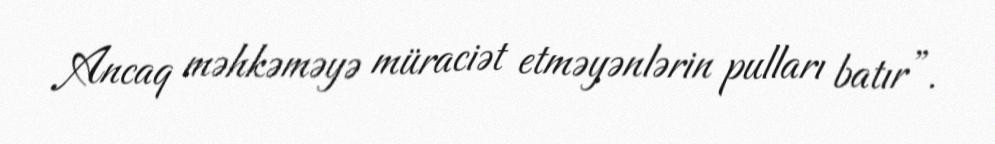
Ancaq məhkəməyə müraciət etməyənlərin pulları batır”.